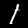
Digit: 1